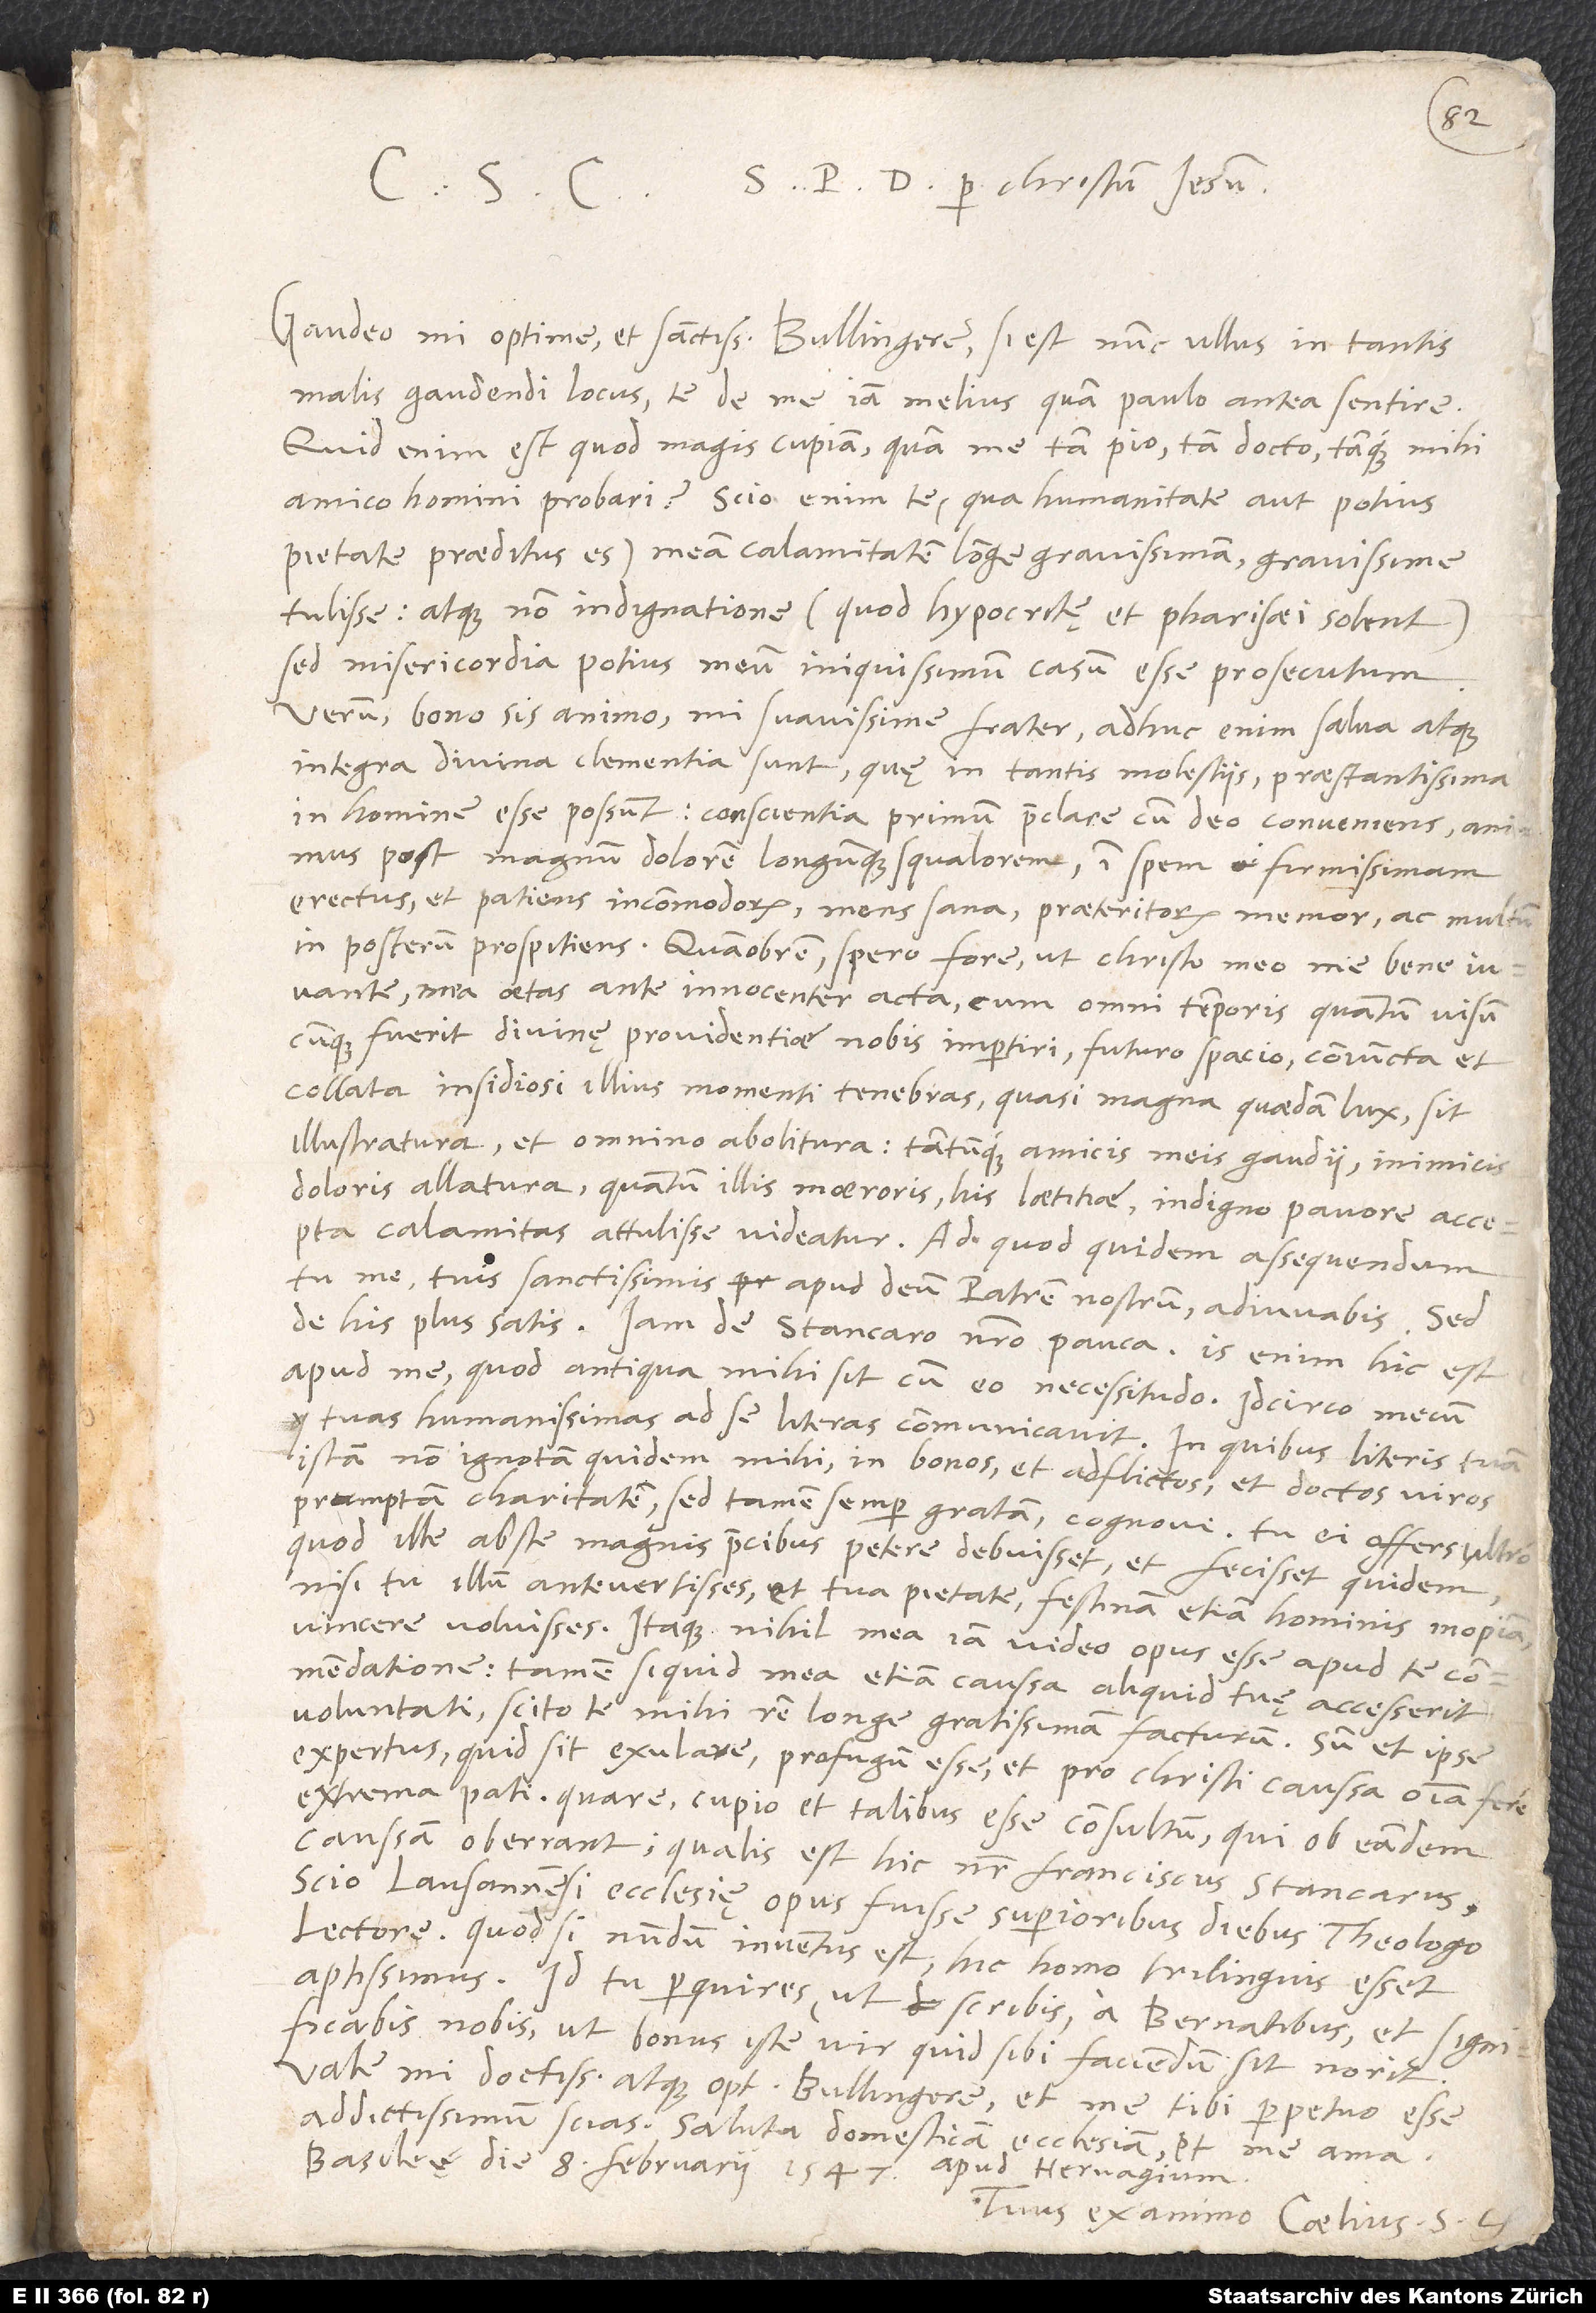
S. P. D. per Christum Iesum.
Gaudeo, mi optime et sanctissime Bullingere, si est nunc ullus in tantis
malis gaudendi locus, te de me iam melius quam paulo antea sentire.
Quid enim est, quod magis cupiam quam me tam pio, tam docto tamque mihi
amico homini probari? Scio enim te (qua humanitate aut potius
pietate praeditus es) meam calamitatem longe gravissimam gravissime
tulisse atque non indignatione (quod hypocritę et pharisaei solent),
sed misericordia potius meum iniquissimum casum esse prosecutum.
Verum bono sis animo, mi suavissime frater! Adhuc enim salva atque
integra divina clementia sunt, quę in tantis molestiis praestantissima
in homine esse possunt: Conscientia primum praeclare cum deo conveniens; animus
post magnum dolorem longumque squalorem in spem firmissimam
erectus et patiens incommodorum; mens sana praeteritorum memor ac multum
in posterum prospitiens. Quamobrem spero fore, ut Christo meo me bene iuvante
mea aetas, ante innocenter acta, cum omni temporis, quantum visum
cumque fuerit divinę providentiae nobis impertiri, futuro spacio coniuncta et
collata, insidiosi illius momenti tenebras quasi magna quaedam lux sit
illustratura, et omnino abolitura tantumque amicis meis gaudii, inimicis
doloris allatura, quantum illis maeroris, his laetitiae indigno pavore accepta
calamitas attulisse videatur. Ad quod quidem assequendum
tu me tuis sanctissimis apud deum patrem nostrum adiuvabis. Sed
de his plus satis. Iam de Stancaro nostro pauca. Is enim hic est
apud me, quod antiqua mihi sit cum eo necessitudo. Idcirco mecum
tuas humanissimas ad se literas communicavit. In quibus literis tuam
istam non ignotam quidem mihi in bonos et adflictos et doctos viros
promptam charitatem sed tamen semper gratam cognovi. Tu ei offers ultro,
quod ille abs te magnis precibus petere debuisset. Et fecisset quidem,
nisi tu illum antevertisses et tua pietate festinam etiam hominis inopiam
vincere voluisses. Itaque nihil mea iam video opus esse apud te
commendatione. Tamen, si quid mea etiam caussa aliquid tuę accesserit
voluntati, scito te mihi rem longe gratissimam facturum. Sum et ipse
expertus, quid sit exulare, profugum esse et pro Christi caussa omnia fere
extrema pati. Quare cupio et talibus esse consultum, qui ob eandem
caussam oberrant, qualis est hic noster Franciscus Stancarus.
Scio Lausannensi ecclesię opus fuisse superioribus diebus theologo
lectore; quodsi nundum inventus est, hic homo trilinguis esset
aptissimus. Id tu perquires (ut scribis) a Bernatibus et significabis
nobis, ut bonus iste vir, quid sibi faciendum sit, norit.
Vale, mi doctissime atque optime Bullingere, et me tibi perpetuo esse
addictissimum scias. Saluta domesticam ecclesiam et me ama.
Basileę, die 8. februarii 1547
apud Hervagium.
Tuus ex animo Caelius S.